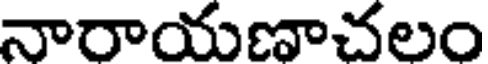
నారాయణాచలం